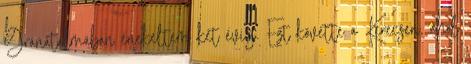
Gránátalmában énekeltem két évig. Ezt követte a Kerecsen, ahol